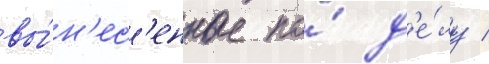
вы́н'ес'енные по́ д'е́лу /